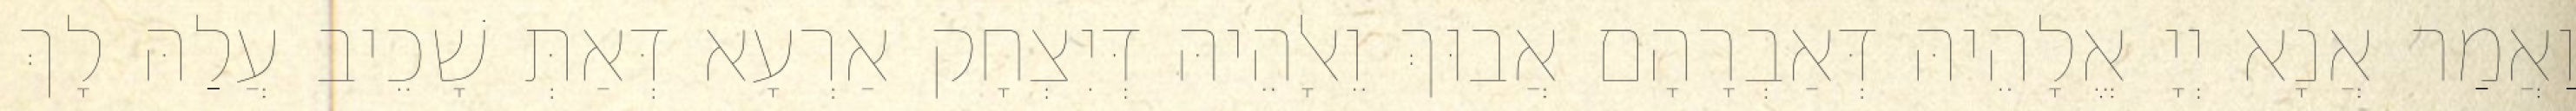
וַאֲמַר אֲנָא יְיָ אֱלָהֵיהּ דְּאַבְרָהָם אֲבוּךְ וֵאלָהֵיהּ דְּיִצְחָק אַרְעָא דְּאַתְּ שָׁכֵיב עֲלַהּ לָךְ